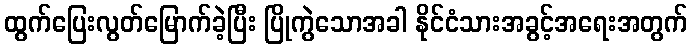
ထွက်ပြေးလွတ်မြောက်ခဲ့ပြီး ပြိုကွဲသောအခါ နိုင်ငံသားအခွင့်အရေးအတွက်